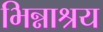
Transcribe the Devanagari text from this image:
भिन्नाश्रय